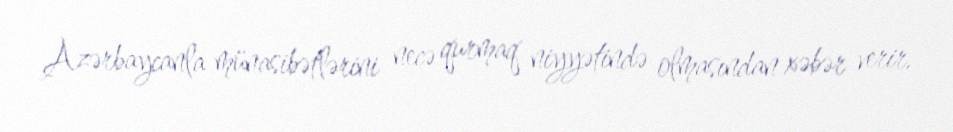
Azərbaycanla münasibətlərini necə qurmaq niyyətində olmasından xəbər verir.